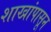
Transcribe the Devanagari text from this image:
शाखांपासून